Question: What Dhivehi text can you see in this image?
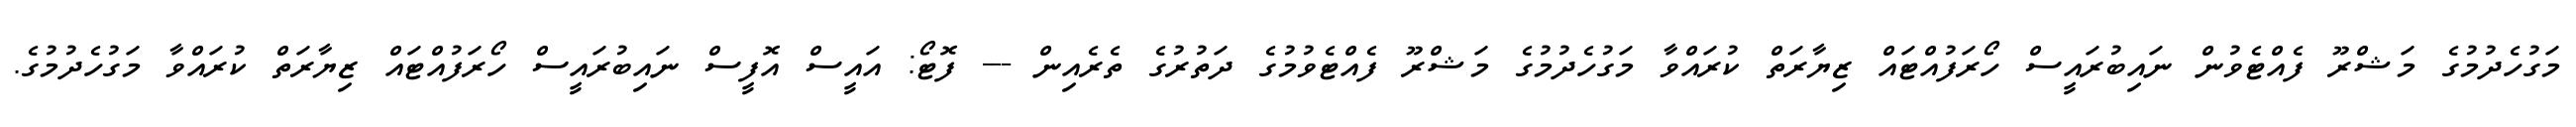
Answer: މަގުހެދުމުގެ މަޝްރޫ ފެއްޓެވުން ނައިބުރައީސް ހޯރަފުއްޓައް ޒިޔާރަތް ކުރައްވާ މަގުހެދުމުގެ މަޝްރޫ ފެއްޓެވުމުގެ ދަތުރުގެ ތެރެއިން --- ފޮޓޯ: އައީސް އޮފީސް ނައިބުރައީސް ހޯރަފުއްޓައް ޒިޔާރަތް ކުރައްވާ މަގުހެދުމުގެ.